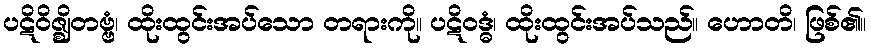
ပဋိဝိဇ္ဈိတဗ္ဗံ၊ ထိုးထွင်းအပ်သော တရားကို။ ပဋိဝဒ္ဓံ၊ ထိုးထွင်းအပ်သည်။ ဟောတိ၊ ဖြစ်၏။